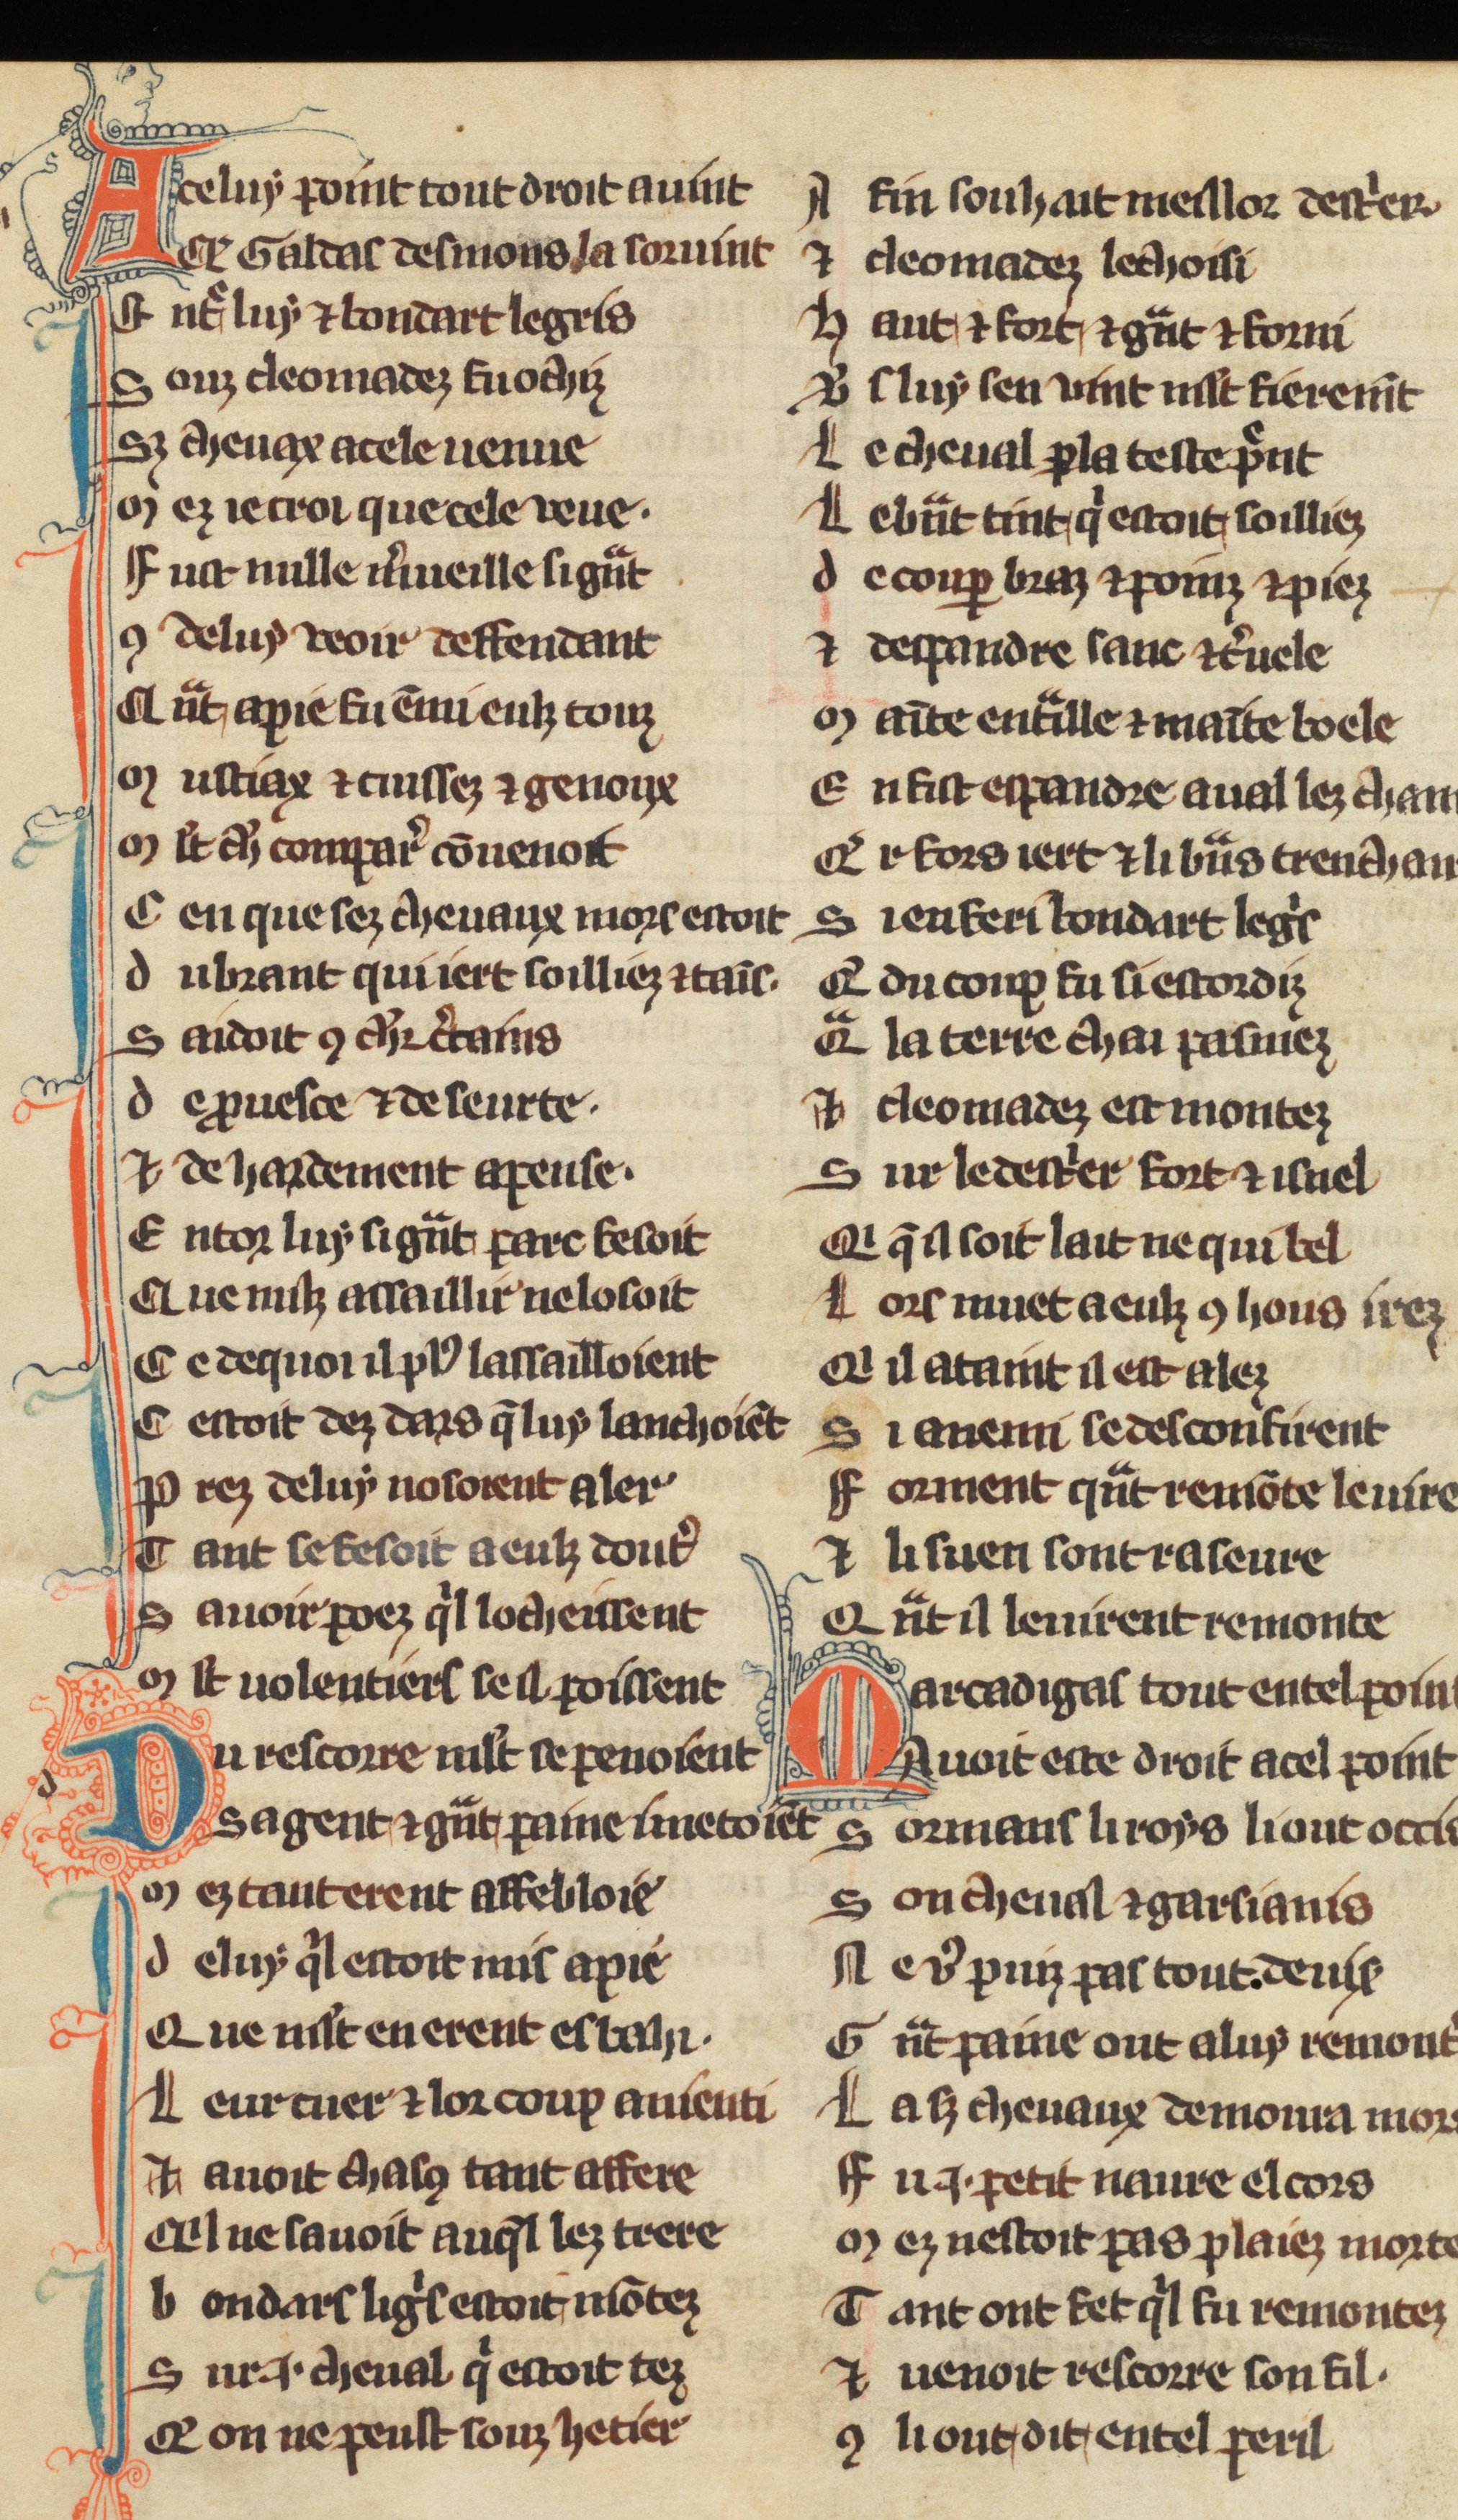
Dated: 1270–1299